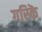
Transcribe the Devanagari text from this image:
गरिकॆ